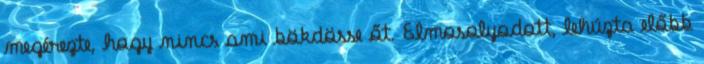
megérezte, hogy nincs ami bökdösse őt. Elmosolyodott, lehúzta előbb